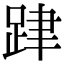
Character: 𨀞